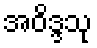
အဝိဒ္ဒသု